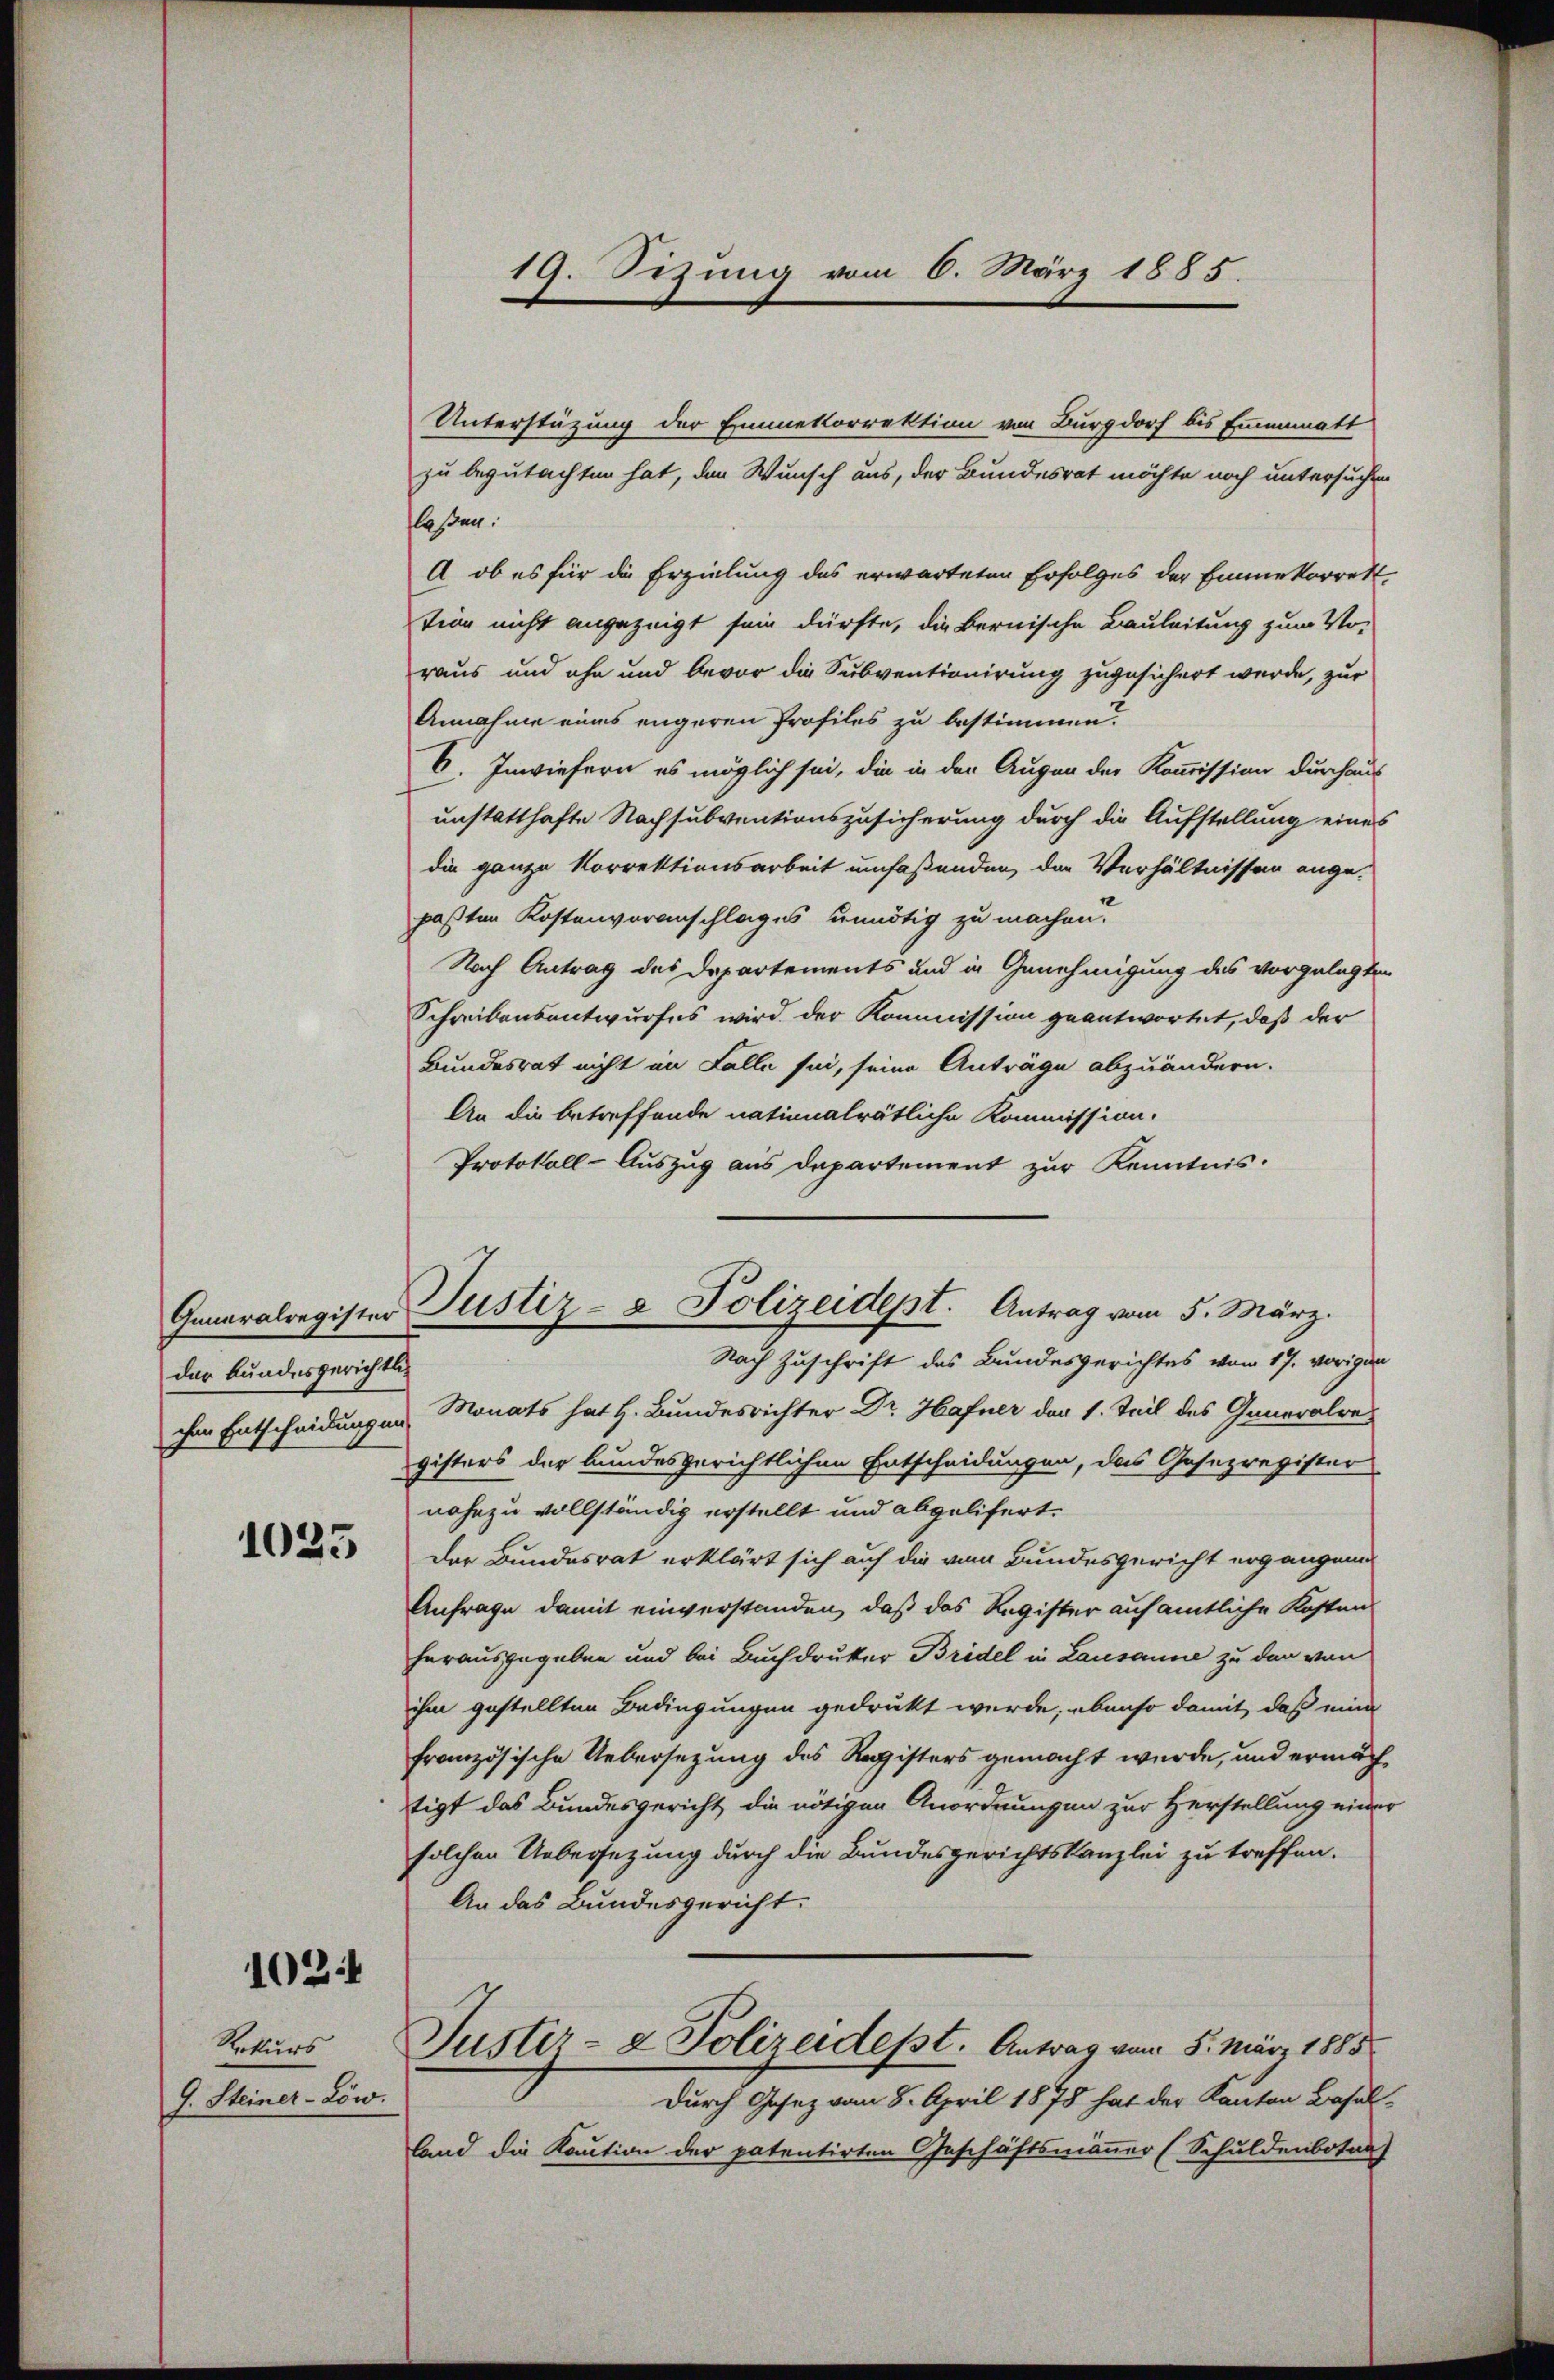
der bundesgerichtlich

1025

1024

Rekurs
G. Steiner-Löw.

19. Sezung vom 6. März 1885.

Generalregister Justiz- & Polizeidept. Antrag vom 5. März.

Unterstüzung der Emmekorrektion von Burgdorf bis Emmenmatt
zu begutachten hat, den Wunsch aus, der Bundesrat möchte noch untersuchen
laßen.
A ob es für die Erzielung des erwarteten Erfolges der Emmekorrett-
tion nicht angezeigt sein dürfte, die Bernische Bauleitung zum Vor
raus und ihn und bevor die Subventionirung zugesichert werde, zur
Annahme eines engeren Profiles zu bestimmen
6. Inwiefern es möglich sei, die in den Augen der Kommission durchaus
unstatthafte Nachsubventionszusicherung durch die Aufstellung eines
die ganze Korrektionsarbeit umfaßenden, der Verhältnissen angepaßten Kostenvoranschlages unnötig zu machen.
Nach Antrag des Departements und in Genehmigung des vorgelegten
Schreibensentwurfes wird der Kommission geantwortet, daß der
Bundesrat nicht im Falle sei, seine Anträge abzuändern.
An die betreffende nationalrätliche Kommission.
Protokoll-Auszug aus Departement zur Kenntnis.
Nach Zuschrift des Bundesgerichtes vom 17. vorigen
ihm Entscheidungen Monats hat H. Bundesrichter Dr. Hafner der 1. Teil des Generalre
gisters der bundesgerichtlichen Entscheidungen, das Gesezregister
nahezu vollständig erstellt und abgelifert.
Der Bundesrat erklärt sich auf die vom Bundesgericht ergangen
Anfrage damit einverstanden, daß das Register auf amtliche Kosten
herausgegeben und bei Buchdruker Bridel in Lausanne zu den von
ihm gestellten Bedingungen gedruckt wurde; ebenso damit, daß eine
französische Uebersezung des Registers gemacht wurde, und ermächtigt das Bundesgericht die nötigen Anordnungen zur Herstellung einer
solchen Uebersezung durch die Bundesgerichtskanzlei zu treffen.
An das Bundesgericht.
Justiz- & Polizeidest. Antrag vom 5. März 1885
Durch Gesetz vom 8. April 1875 hat der Kanton Baselland die Kaution der patentirten Geschäftsmänner (Schuldenbotan